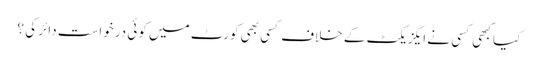
کیا کبھی کسی نے ایگزیکٹ کے خلاف کسی بھی کورٹ میں کوئی درخواست دائر کی ؟